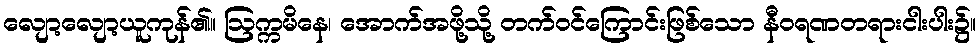
လျော့လျော့ယူကုန်၏။ ဩက္ကမိနေ၊ အောက်အဖို့သို့ တက်ဝင်ကြောင်းဖြစ်သော နီဝရဏတရားငါးပါး၌။